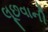
લૂછવાની